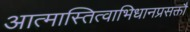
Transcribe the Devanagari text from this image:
आत्मास्तित्वाभिधानप्रसक्तौ